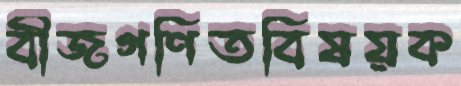
বীজগণিতবিষয়ক